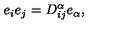
e _ { i } e _ { j } = D _ { i j } ^ { \alpha } e _ { \alpha } ,